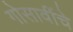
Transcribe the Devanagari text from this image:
गोसावींचे